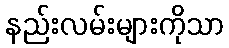
နည်းလမ်းများကိုသာ